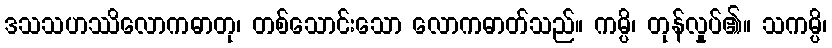
ဒသသဟဿိလောကဓာတု၊ တစ်သောင်းသော လောကဓာတ်သည်။ ကမ္ပိ၊ တုန်လှုပ်၏။ သကမ္ပိ၊